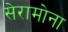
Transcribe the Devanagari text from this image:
सेरामोना